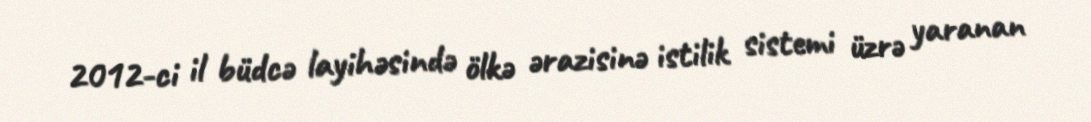
2012-ci il büdcə layihəsində ölkə ərazisinə istilik sistemi üzrə yaranan